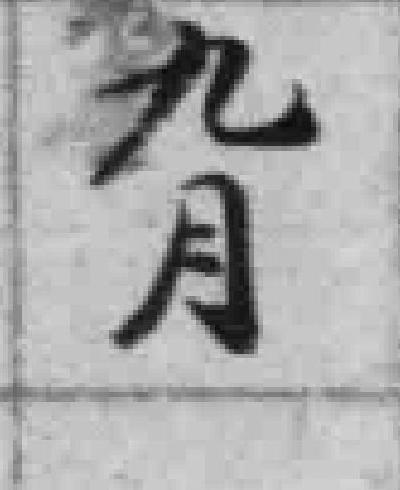
九月